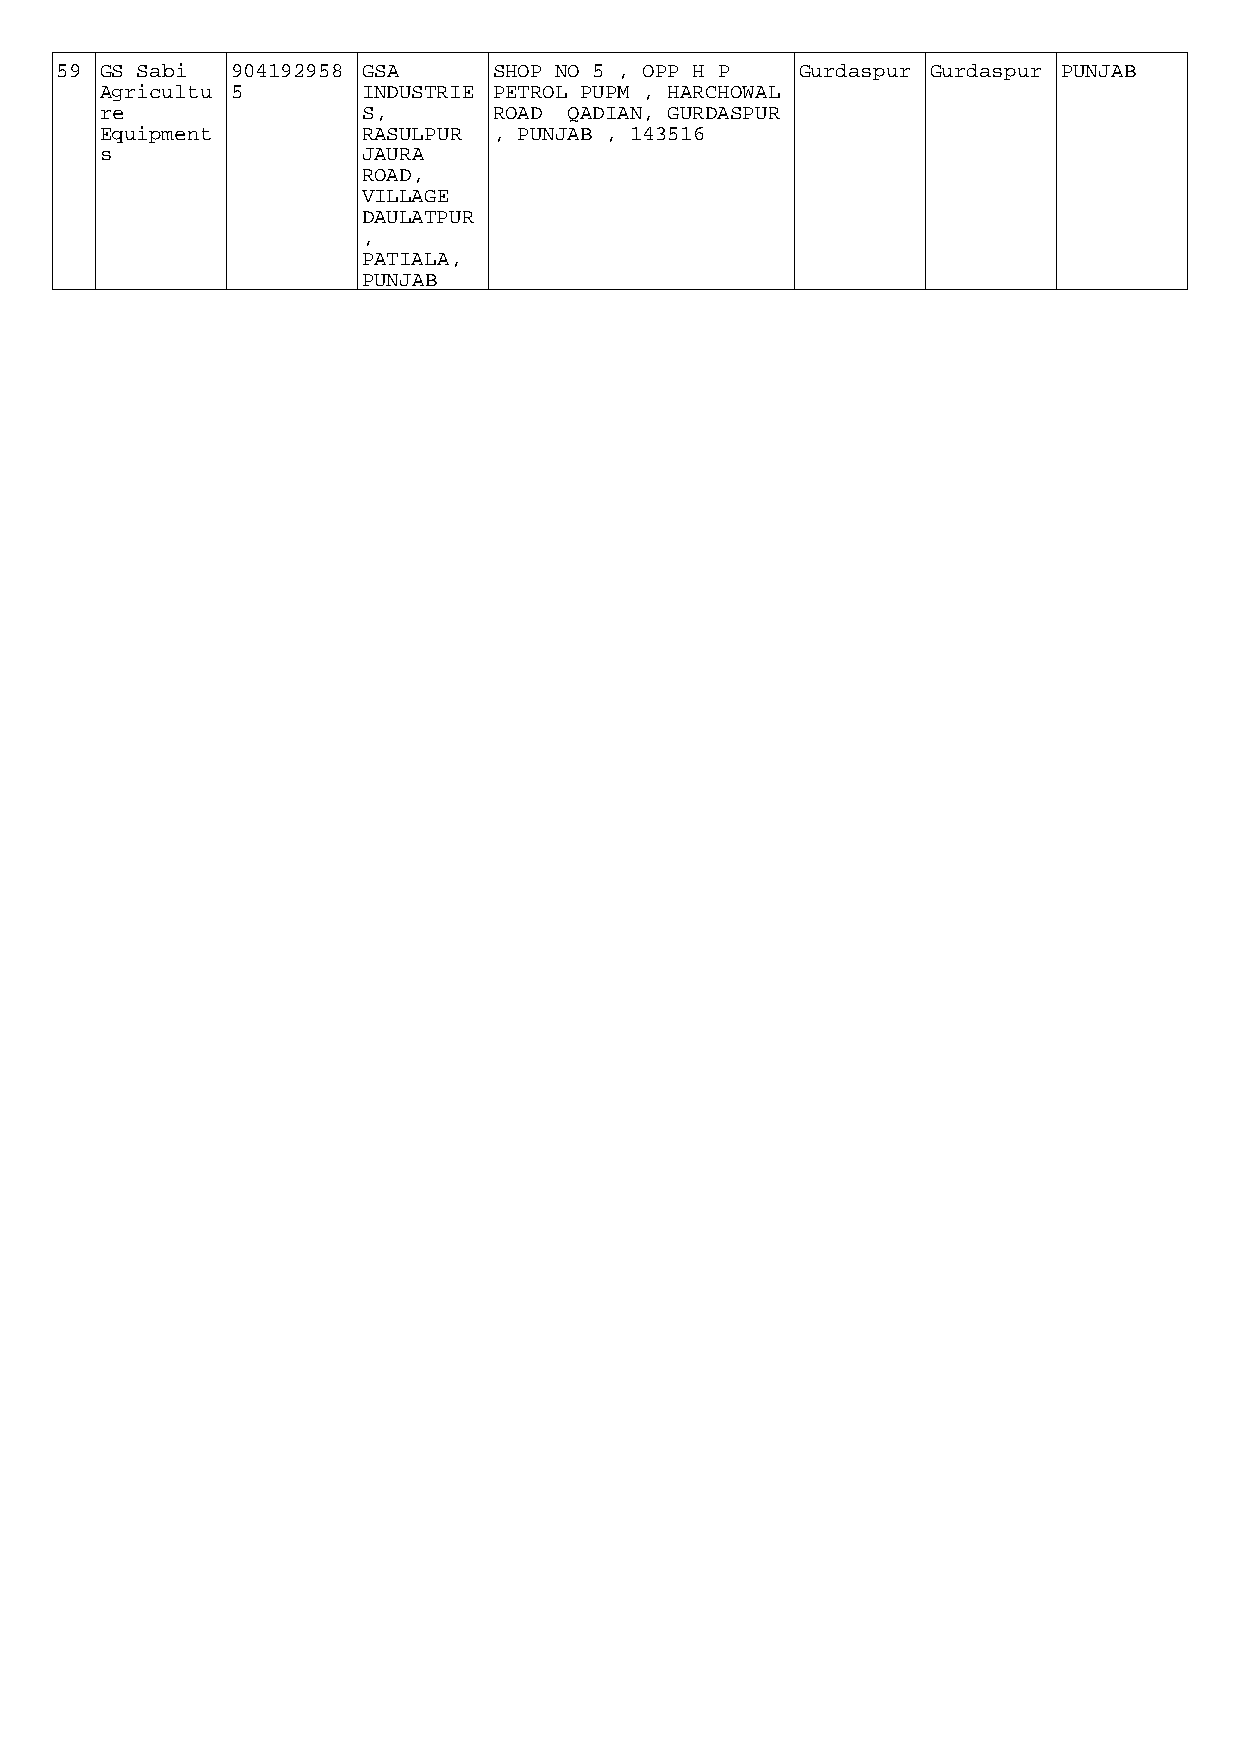
59 GS Sabi 904192958 GSA     SHOP NO 5 , OPP H P Gurdaspur Gurdaspur PUNJAB
 Agricultu 5      INDUSTRIE PETROL PUPM , HARCHOWAL
 re               S,       ROAD QADIAN, GURDASPUR
 Equipment        RASULPUR , PUNJAB , 143516
 s                JAURA
 ROAD,
 VILLAGE
 DAULATPUR
 ,
 PATIALA,
 PUNJAB